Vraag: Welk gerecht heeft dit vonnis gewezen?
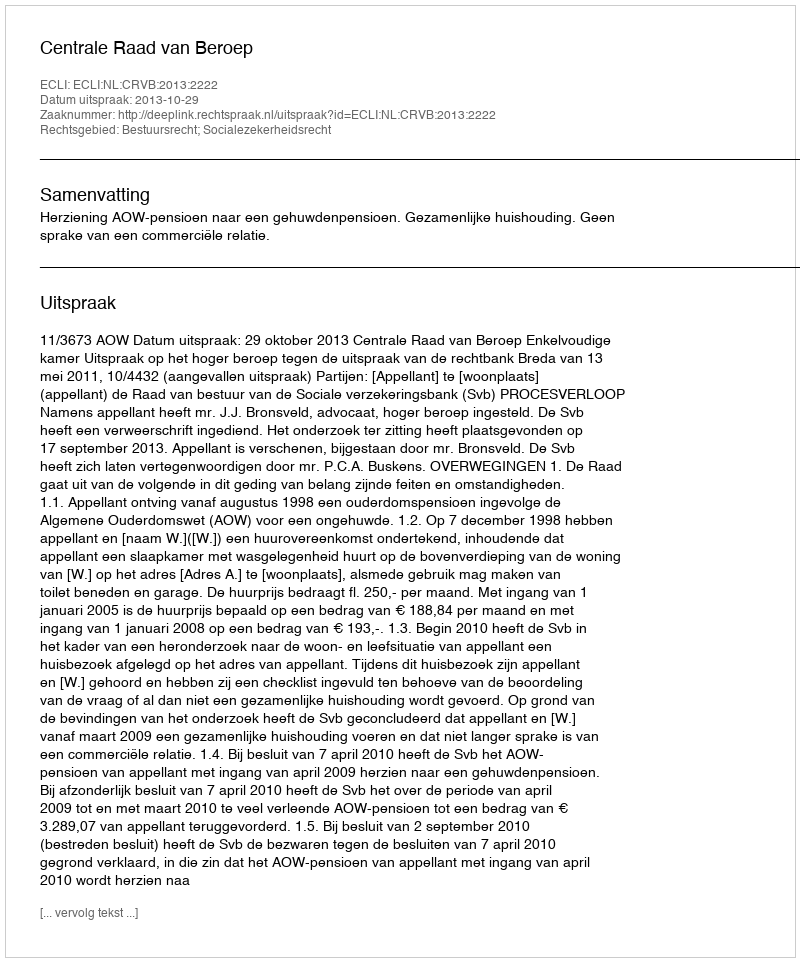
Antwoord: Centrale Raad van Beroep